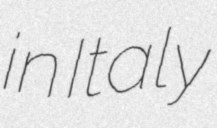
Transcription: in Italy